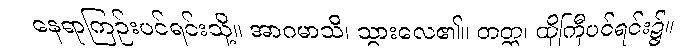
နေရာကြဉ်းပင်ရင်းသို့။ အာဂမာသိ၊ သွားလေ၏။ တတ္ထ၊ ထိုကြီပင်ရင်း၌။